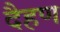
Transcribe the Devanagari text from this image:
दैहण